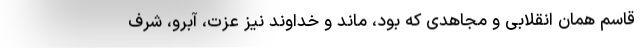
قاسم همان انقلابی و مجاهدی که بود، ماند و خداوند نیز عزت، آبرو، شرف